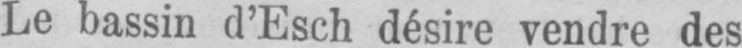
Le bassin d’Esch désire vendre des